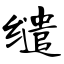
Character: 缱